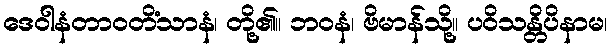
ဒေဝါနံတာဝတိံသာနံ၊ တို့၏။ ဘဝနံ၊ ဗိမာန်သို့။ ပဝိသန္တိပိနာမ၊